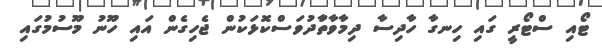
ޓޯއި ސްޓޯރީ ގައި ހިނގާ ހާދިސާ ދިމާވާތަާދުވަސްކޮޅަކުން ޖެހިގެން އައި ހޫނު މޫސުމުގައި